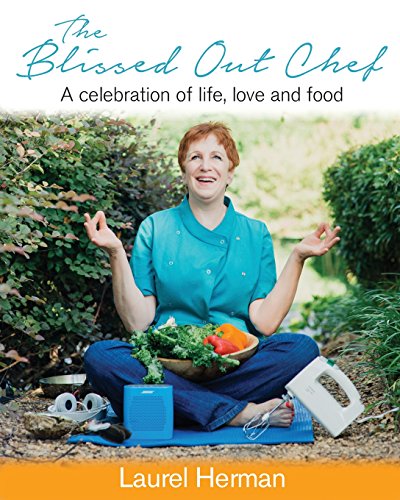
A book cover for The Blissed Out Chef: A celebration of life, love and food; Laurel Herman; Science Fiction & Fantasy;